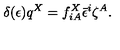
\delta ( \epsilon ) q ^ { X } = f _ { i A } ^ { X } \bar { \epsilon } ^ { i } \zeta ^ { A } .